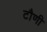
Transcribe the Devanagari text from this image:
टौणी